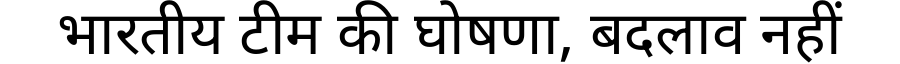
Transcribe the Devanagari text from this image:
भारतीय टीम की घोषणा, बदलाव नहीं